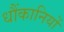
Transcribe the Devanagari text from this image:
धौंकानियों